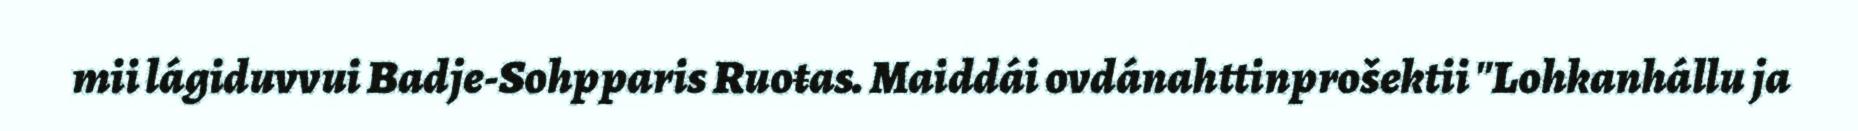
mii lágiduvvui Badje-Sohpparis Ruoŧas. Maiddái ovdánahttinprošektii "Lohkanhállu ja